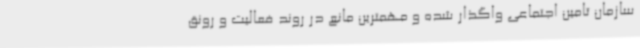
سازمان تامین اجتماعی واگذار شده و مهمترین مانع در روند فعالیت و رونق